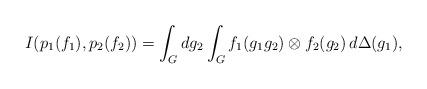
LaTeX: \begin{align*}I(p_1(f_1), p_2(f_2)) = \int_G dg_2\int_G f_1(g_1g_2)\otimes f_2(g_2)\,d\Delta(g_1),\end{align*}